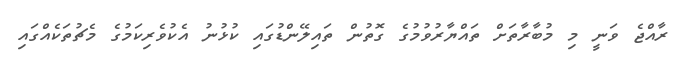
ރާއްޖެ ވަނީ މި މުބާރާތަށް ތައްޔާރުވުމުގެ ގޮތުން ތައިލޭންޑުގައި ކުޅުނު އެކުވެރިކަމުގެ މެޗުތަކެއްގައި